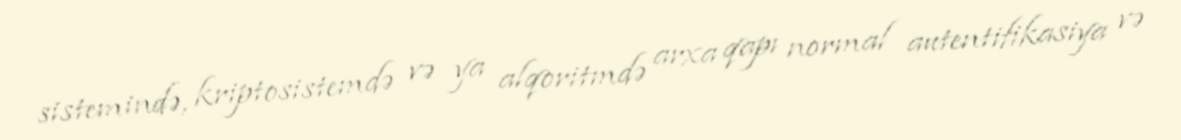
sistemində, kriptosistemdə və ya alqoritmdə arxa qapı normal autentifikasiya və